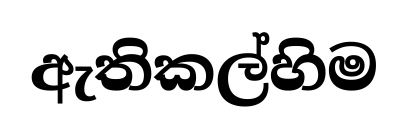
ඇතිකල්හිම